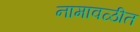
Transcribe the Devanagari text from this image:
नामावळीत